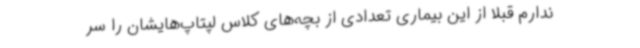
ندارم قبلاً از این بیماری تعدادی از بچه‌های کلاس لپتاپ‌هایشان را سر